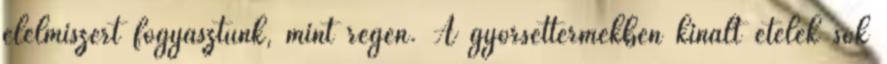
élelmiszert fogyasztunk, mint régen. A gyorséttermekben kínált ételek sok